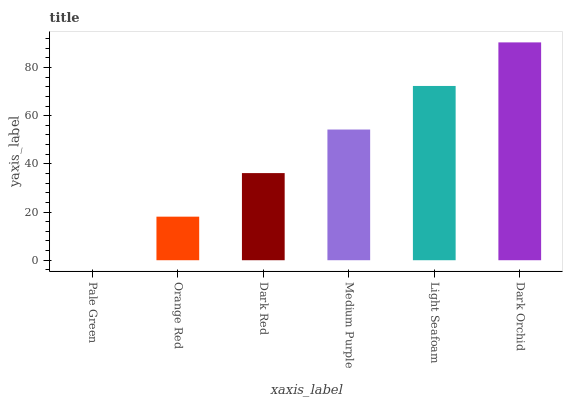
| xaxis_label | bars |
 | --- | --- |
 | Pale Green | 0 |
 | Orange Red | 18.1 |
 | Dark Red | 36.2 |
 | Medium Purple | 54.3 |
 | Light Seafoam | 72.3 |
 | Dark Orchid | 90.4 |